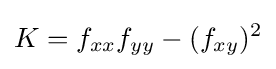
K=f_{xx}f_{yy}-(f_{xy})^{2}